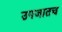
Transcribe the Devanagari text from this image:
उपजातच